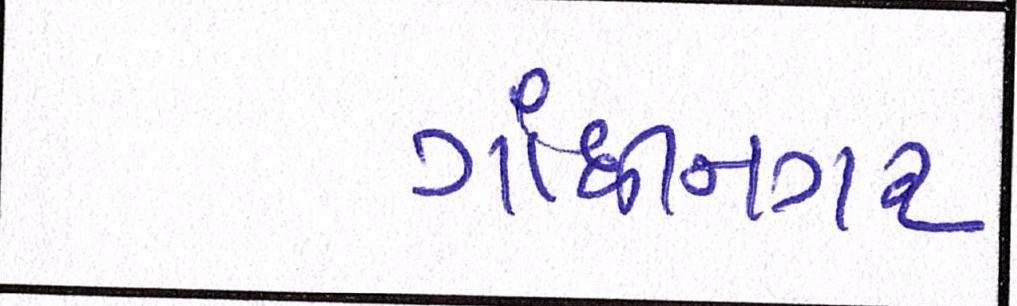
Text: ગાંધીનગર